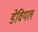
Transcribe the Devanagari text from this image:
डेवियल